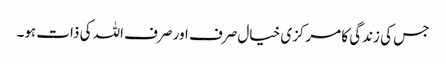
جس کی زندگی کا مرکزی خیال صرف اور صرف اللہ کی ذات ہو۔